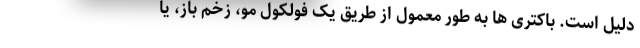
دلیل است. باکتری ها به طور معمول از طریق یک فولکول مو، زخم باز، یا